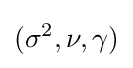
(\sigma ^{2},\nu ,\gamma )